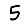
Digit: 5